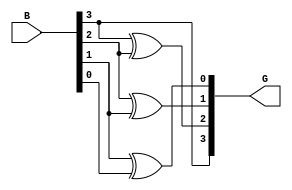
`timescale 1ns / 1ps
//////////////////////////////////////////////////////////////////////////////////
// Company: 
// Engineer: 
// 
// Design Name: 
// Module Name:    binary_to_gray 
// Project Name: 
// Target Devices: 
// Tool versions: 
// Description: 
//
// Dependencies: 
//
// Revision: 
// Revision 0.01 - File Created
// Additional Comments: 
//
//////////////////////////////////////////////////////////////////////////////////
module binary_to_gray(
    input [3:0] B,
    output [3:0] G
    );
	 assign G[3]=B[3];
	 xor(G[2],B[3],B[2]);
	 xor(G[1],B[2],B[1]);
	 xor(G[0],B[1],B[0]);


endmodule